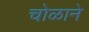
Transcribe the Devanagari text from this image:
चोळाने